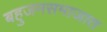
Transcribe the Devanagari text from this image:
बहुजनसमाजात